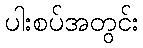
ပါးစပ်အတွင်း